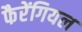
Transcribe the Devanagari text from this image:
फैरेंगियल